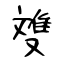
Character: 﨎